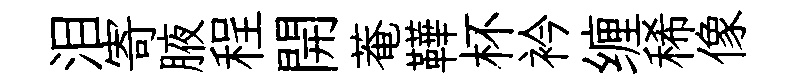
泪寄腋程開菴鞾杯衿缠稀像